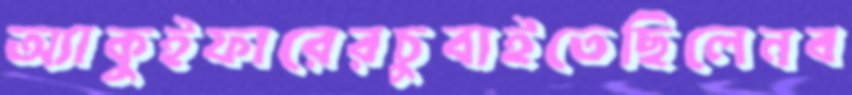
অ্যাকুইফারেরচুবাইতেছিলেনব